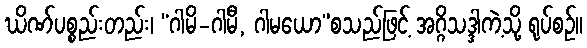
ဃိဏ်ပစ္စည်းတည်း၊ “ဂါမိ-ဂါမီ, ဂါမယော”စသည်ဖြင့် အဂ္ဂိသဒ္ဒါကဲ့သို့ ရုပ်စဉ်။